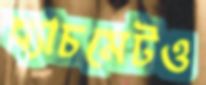
ব্যাচমেটও